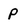
Character: p